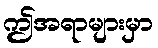
ဤအရာများမှာ